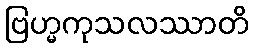
ဗြဟ္မကုသလဿာတိ